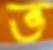
ভ